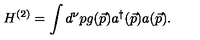
H ^ { ( 2 ) } = \int d ^ { \nu } p g ( \vec { p } ) a ^ { \dag } ( \vec { p } ) a ( \vec { p } ) .